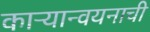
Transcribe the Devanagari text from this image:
काऱ्यान्वयनाची